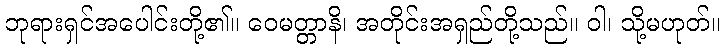
ဘုရားရှင်အပေါင်းတို့၏။ ဝေမတ္တာနိ၊ အတိုင်းအရှည်တို့သည်။ ဝါ၊ သို့မဟုတ်။